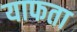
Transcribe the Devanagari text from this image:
याफता